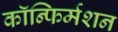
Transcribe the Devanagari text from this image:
कॉन्फिर्मशन